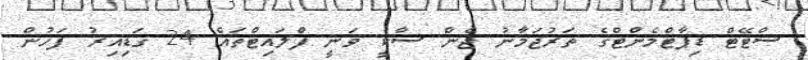
ސްޓޭޓް ޑިޕާޓްމެންޓްގެ ތަރުޖަމާނު ޖެން ސާކީ ވަނީ ފްލައިޓްތައް 24 ގަޑިއިރު ފަހުން